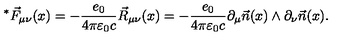
^ * \vec { F } _ { \mu \nu } ( x ) = - \frac { e _ { 0 } } { 4 \pi \varepsilon _ { 0 } c } \vec { R } _ { \mu \nu } ( x ) = - \frac { e _ { 0 } } { 4 \pi \varepsilon _ { 0 } c } \partial _ { \mu } \vec { n } ( x ) \wedge \partial _ { \nu } \vec { n } ( x ) .